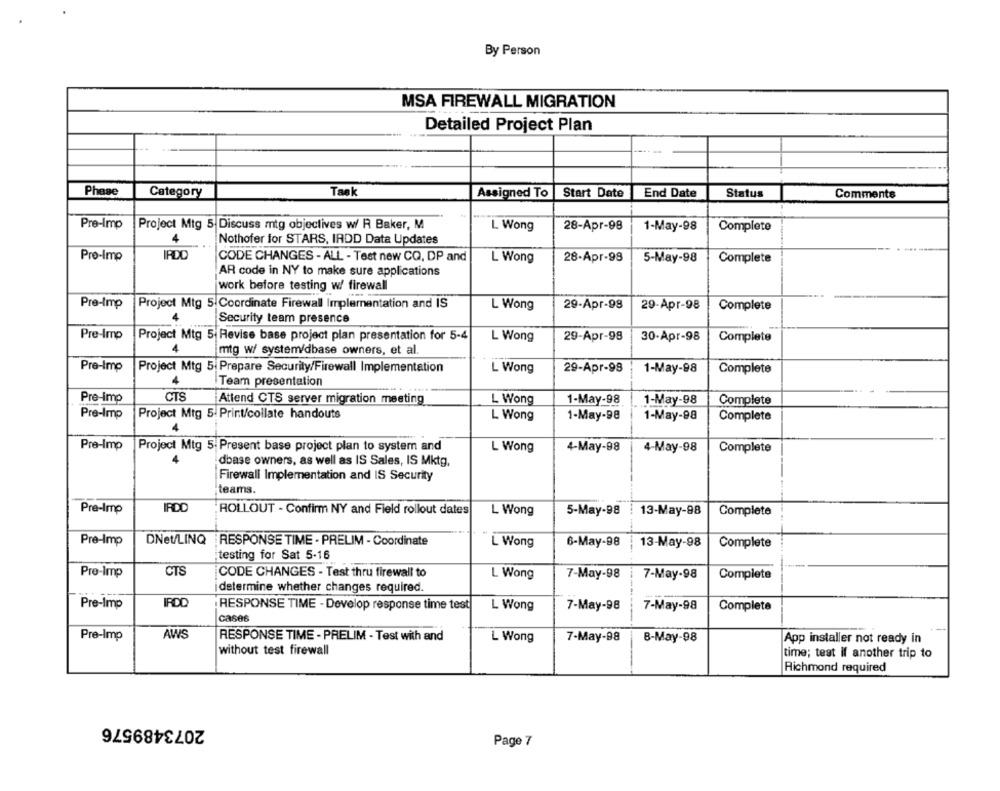
By Person
MSA FIREWALL MIGRATION
Detailed Project Plan
Phase
Category
Task
Assigned To
Start Date
End Date
Status
Comments
Pre-Imp
Project Mtg 5 Discuss mtg objectives w/ R Baker, M
L Wong
28-Apr-98
1-May-98
Complete
4
Nothofer for STARS, IADD Data Updates
Pro-Imp
IADD
CODE CHANGES - ALL - Test new CQ, DP and
L Wong
28-Apr-98
5-May-98
Complete
AR code in NY to make sure applications
work before testing w/ firewall
Pre-Imp
Project Mtg 5.Coordinate Firewall Implementation and IS
L Wong
29-Apr-98
29-Apr-98
Complete
Security team presence
Pre-imp
Project Mtg 5| Revise base project plan presentation for 5-4
L Wong
29-Apr-98
30-Apr-98
Complete
mtg w/ system/dbase owners, et al.
Pre-Imp
Project Mtg 5. Prepare Security/Firewall Implementation
L Wong
29-Apr-98
1-May-98
Complete
Team presentation
Pre-imp
CTS
Attend CTS server migration meeting
L Wong
1-May-98
1-May-98
Complete
Pre-Imp
Project Mtg 5. Print/collate handouts
L Wong
1-May-98
1-May-98
Complete
4
Pre-Imp
Project Mtg 5. Present base project plan to system and
L Wong
4-May-98
4-May-98
Complete
dbase owners, as well as IS Sales, IS Mktg,
Firewall Implementation and IS Security
teams.
Pre-Imp
IRDC
ROLLOUT - Confirm NY and Field rollout dates
L Wong
5-May-98
13-May-98
Complete
Pre-Imp
DNet/LINQ RESPONSE TIME - PRELIM - Coordinate
L Wong
6-May-98
13-May-98
Complete
testing for Sat 5-16
Pre-Imp
CTS
CODE CHANGES - Test thru firewall to
L Wong
7-May-98
7-May-98
Complete
determine whether changes required.
Pre-Imp
IRDC
RESPONSE TIME - Develop response time test
L Wong
7-May-98
7-May-98
Complete
Case6
AWS
Pre-Imp
RESPONSE TIME - PRELIM - Test with and
L Wong
7-May-98
8-May-98
App installer not ready in
without test firewall
time; test if another trip to
Richmond required
2073489576
Page 7